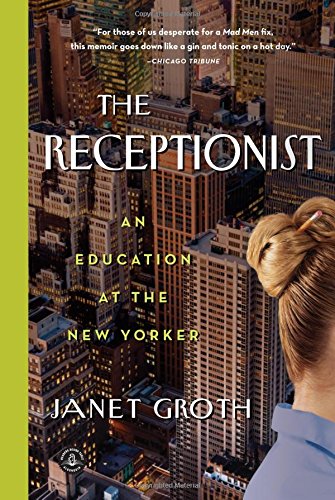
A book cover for The Receptionist: An Education at The New Yorker; Janet Groth; Biographies & Memoirs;